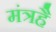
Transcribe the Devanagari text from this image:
मंत्रहै